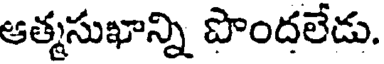
ఆత్మసుఖాన్ని పొందలేడు.